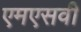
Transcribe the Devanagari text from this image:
एमएसवी